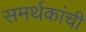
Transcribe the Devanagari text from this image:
समर्थकांची